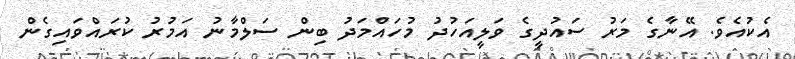
އެކުއެވެ. އޭނާގެ މަރު ސައުދީގެ ވަލީއަހުދު މުހައްމަދު ބިން ސަލްމާނު އަމުރު ކުރައްވައިގެން